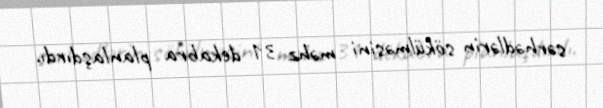
sərhədlərin sökülməsini məhz 31 dekabra planlaşdırdı.